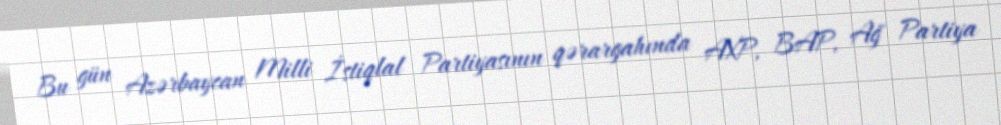
Bu gün Azərbaycan Milli İstiqlal Partiyasının qərargahında AXP, BAP, Ağ Partiya